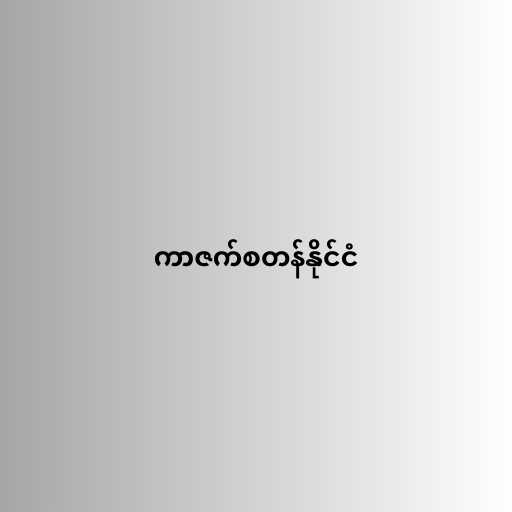
ကာဇက်စတန်နိုင်ငံ